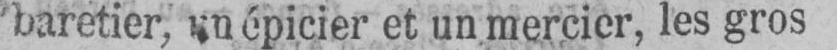
baretier, un épicier et un mercier, les gros